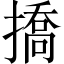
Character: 撟